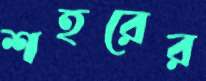
শহরের